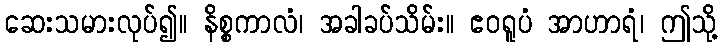
ဆေးသမားလုပ်၍။ နိစ္စကာလံ၊ အခါခပ်သိမ်း။ ဧဝရူပံ အာဟာရံ၊ ဤသို့